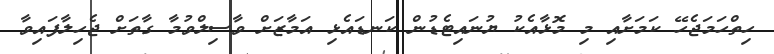
ހިތްހަމަޖެހޭ ކަމަށާއި މި މޮޅާއެކު ޔުނައިޓެޑުން ކަނޑައެޅި އަމާޒަށް ވާސިލްވުމާ ގާތަށް ޖެހިލާފައިވާ